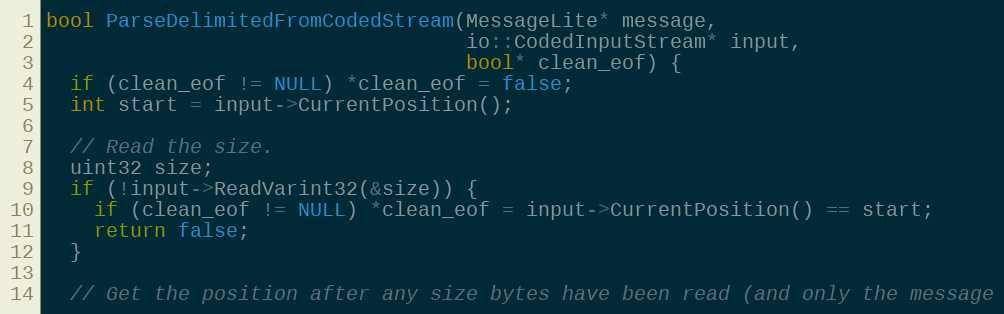
Language: C++
bool ParseDelimitedFromCodedStream(MessageLite* message,
                                   io::CodedInputStream* input,
                                   bool* clean_eof) {
  if (clean_eof != NULL) *clean_eof = false;
  int start = input->CurrentPosition();

  // Read the size.
  uint32 size;
  if (!input->ReadVarint32(&size)) {
    if (clean_eof != NULL) *clean_eof = input->CurrentPosition() == start;
    return false;
  }

  // Get the position after any size bytes have been read (and only the message